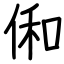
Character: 俰